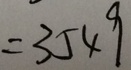
= 3 5 4 9